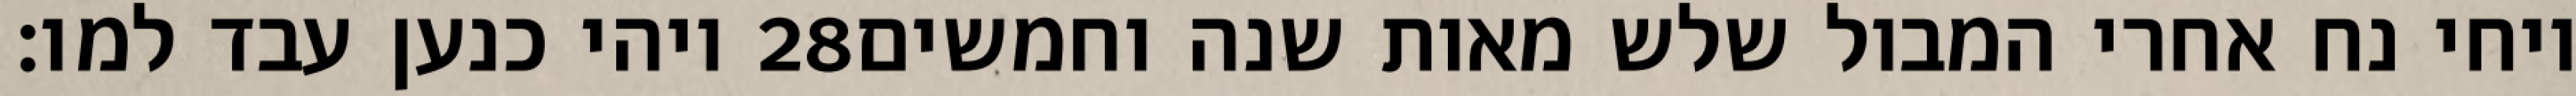
ויהי כנען עבד למו׃ ‎28‏ ויחי נח אחרי המבול שלש מאות שנה וחמשים